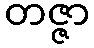
တဇ္ဇာ